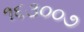
૧૬૩૦૦૭